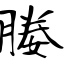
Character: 媵